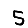
Digit: 5